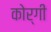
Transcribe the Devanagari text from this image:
कोर्गी